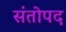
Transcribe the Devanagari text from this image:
संतोपद